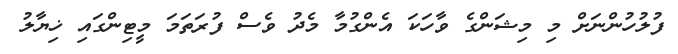
ފުލުހުންނަށް މި މިޝަންގެ ވާހަކަ އެންގުމާ މެދު ވެސް ފުރަތަމަ މީޓިންގައި ޚިޔާލު